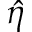
\hat { \eta }